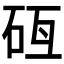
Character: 𥑗